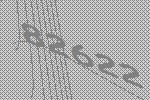
82622